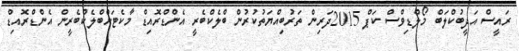
ރައީސް އަދީބުކްލަބް މޯލްޑިވްސް ކަޕް 2015ދަރިން ތަރުބިއްޔަތުކުރުން ބްލެކްބެރީ އެންޑްރޮއިޑް މާކެޓަށްބްލެކްބެރީން އެންޑްރޮއިޑް